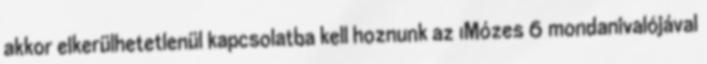
akkor elkerülhetetlenül kapcsolatba kell hoznunk az 1Mózes 6 mondanivalójával